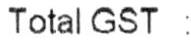
TOTAL GST :